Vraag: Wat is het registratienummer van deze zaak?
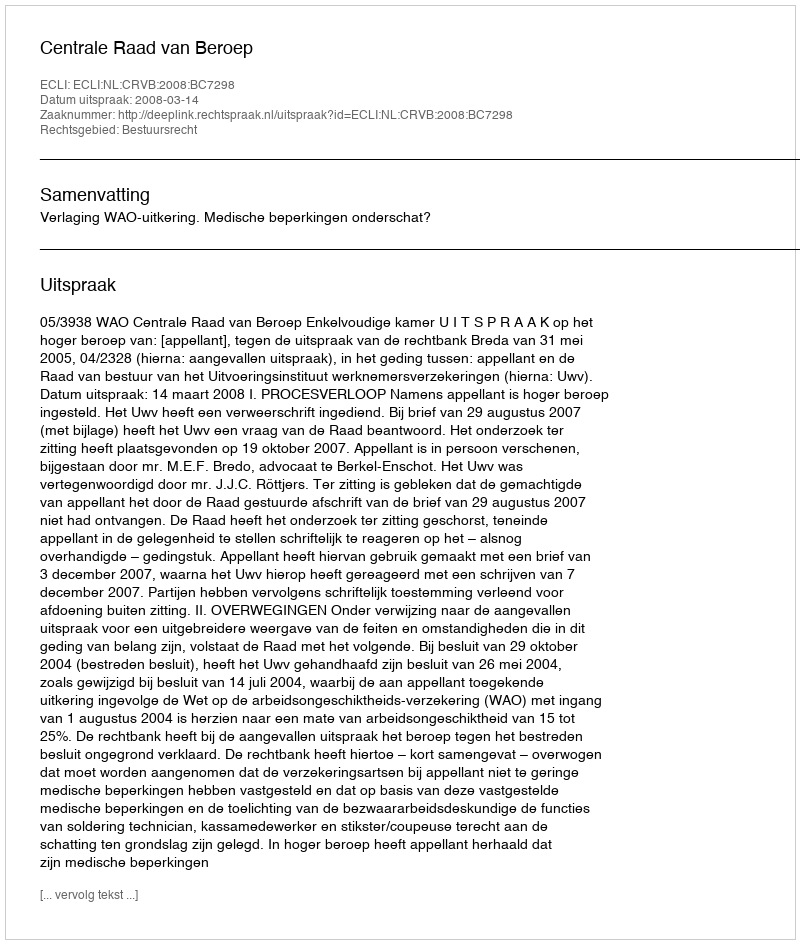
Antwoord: http://deeplink.rechtspraak.nl/uitspraak?id=ECLI:NL:CRVB:2008:BC7298